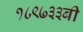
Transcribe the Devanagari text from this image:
१८९७३३बी